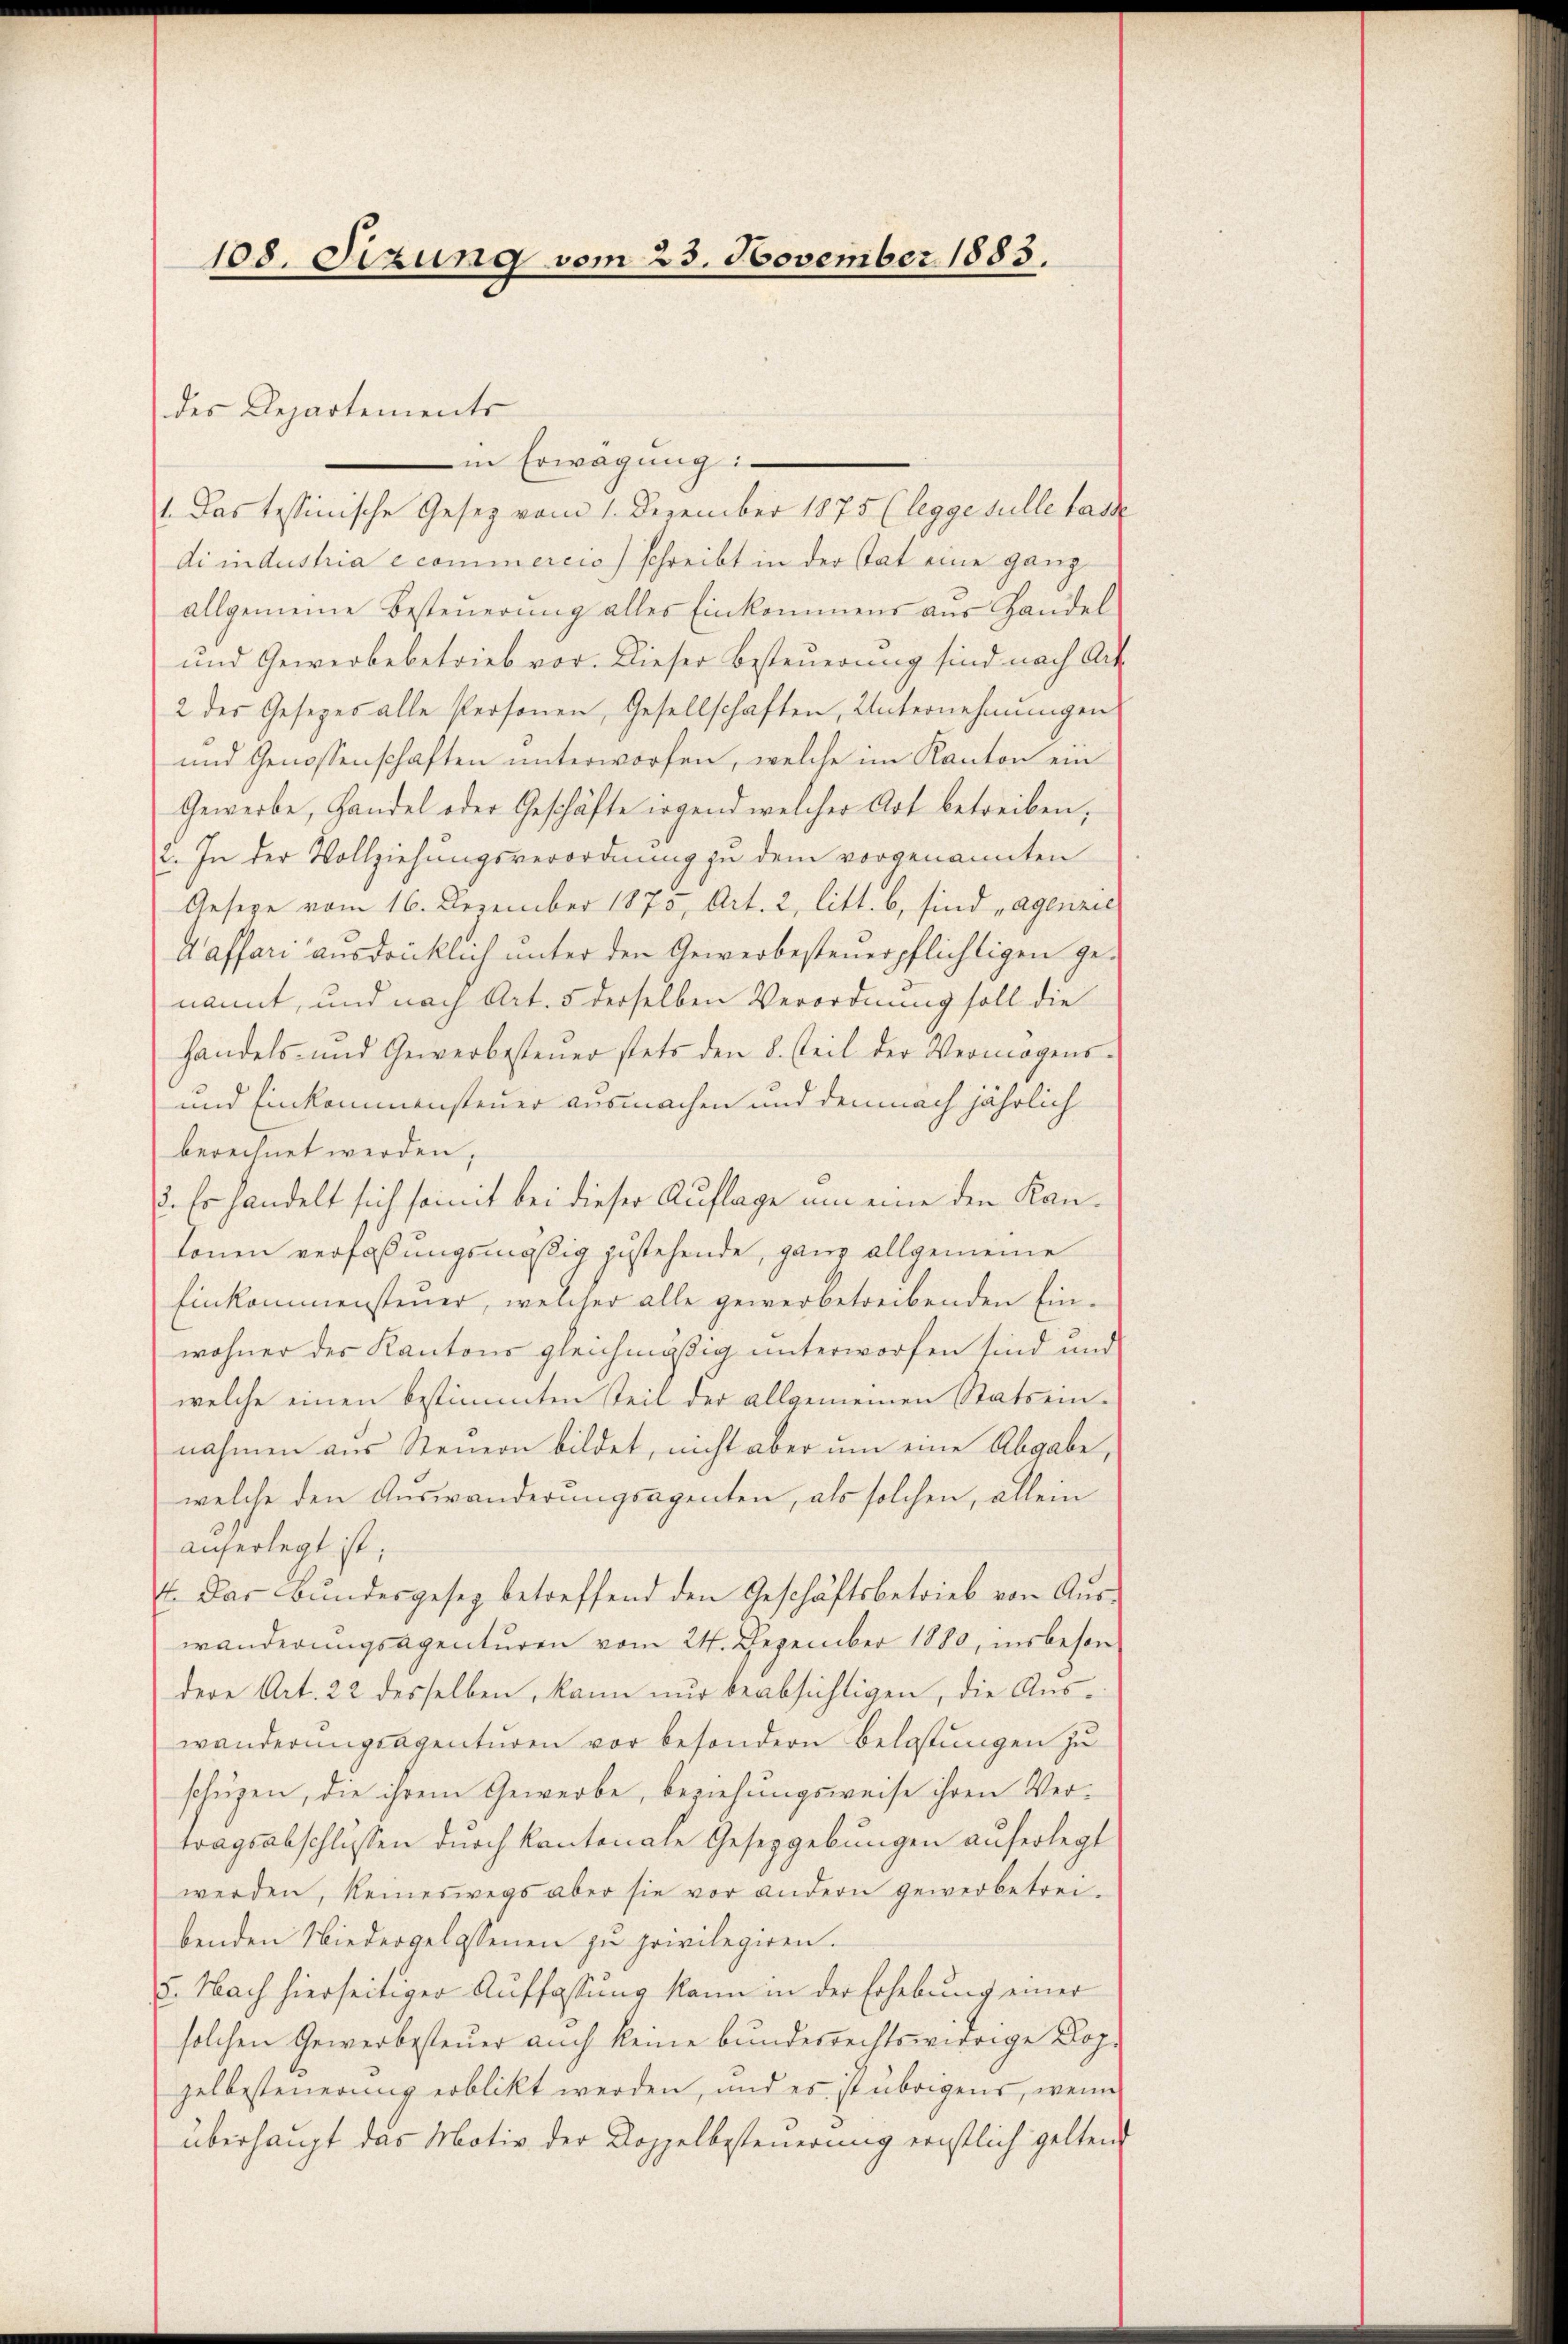
108. Sizung vom 23. November 1883.

des Departements

in Erwägŭng:
1. Das tessinische Gesetz vom 1. Dezember 1875 (legge sulle lasse
di industria ecominereis) schreibt in der Tat eine ganz
allgemeine Besteuerung alles Einkommens aus Handel
und Gewerbebetrieb vor. Dieser Besteuerung sind nach Ack
2 des Gesezes alle Personen, Gesellschaften, Unternehmungen
und Genossenschaften unterworfen, welche im Kanton ein
Gewerbe, Handel oder Geschäfte irgend welcher Art betreiben,
c. In der Vollziehungsverordnung zu dem vorgenannten
Geseze vom 16. Dezember 1875, Art. 2, litt. b, sind „agenzie
Waffari ausdrücklich unter den Gewerbesteuerpflichtigen genannt, und nach Art. 5 derselben Verordnung soll die
handels- und Gewerbesteŭer stets den 8. steil der Vermögens-
und Einkommensteuer ausmachen und demnach jährlich
berechnet werden,
2. Es handelt sich somit bei dieser Auflage um eine den Kanlonen verfaßungsmäßig zustehende, ganz allgemeine
Einkommensteuer, welcher alle gewerbetreibenden Einwohner des Kantons gleichmäßig unterworfen sind und
welche einen bestimmten Teil der allgemeinen Stats einnahmen aus Steuern bildet, nicht aber um eine Abgabe,
welche den Auswanderungsagenten, als solchen, allein
auferlegt ist;
t. Das Bŭndesgesetz betreffend den Geschäftsbetrieb von Aŭs-
wänderungsagenturen vom 24. Dezember 1880, insbeson
dere Art. 22 desselben kann nur beabsichtigen, die Auswanderungsagenturen vor besondern Belastungen zu
schüzen, die ihrem Gewerbe, beziehungsweise ihren Vertragsabschlüssen durch kantonale Gesetzgebungen auferlegt
werden, keineswegs aber sie vor andern gewerbetrei-
benden Niedergelassenen zu privilegiren.
5. Nach hierseitiger Auffassung kann in der Erhebung einer
solchen Gewerbesteuer auch keine bundesrechtswidrige Doz.
zelbesteuerung erblickt werden, und es ist übrigens, wenn
überhaupt das Motiv der Koppelbesteuerung ernstlich geltend